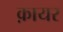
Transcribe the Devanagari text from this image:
क़ायर